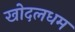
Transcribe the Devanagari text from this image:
खोदलधम